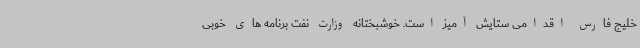
خلیج فارس اقدامی ستایش آمیز است. خوشبختانه وزارت نفت برنامه های خوبی